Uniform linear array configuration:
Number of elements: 8
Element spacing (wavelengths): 1
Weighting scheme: kaiser
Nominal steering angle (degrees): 45
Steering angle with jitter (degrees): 44.743
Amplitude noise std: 0.05
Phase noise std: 0.05

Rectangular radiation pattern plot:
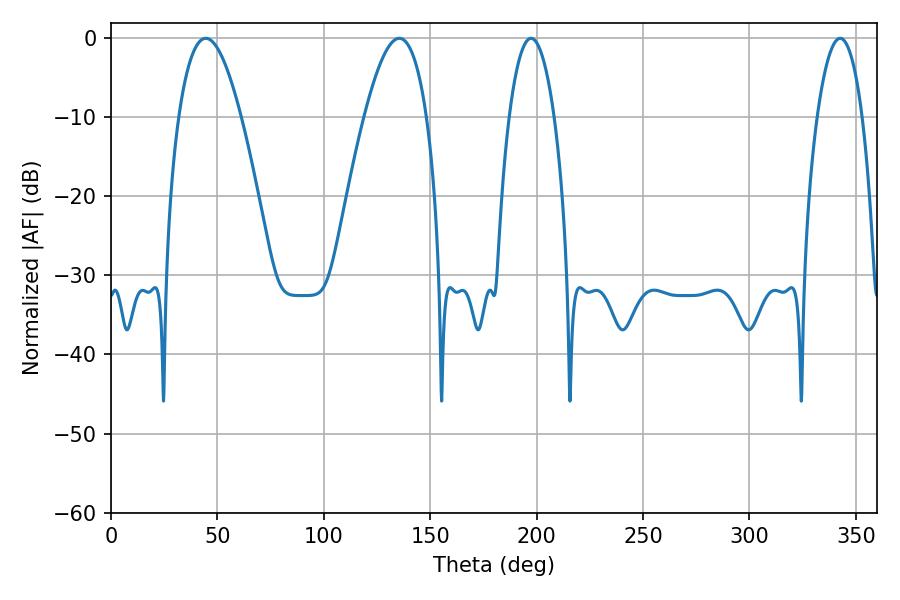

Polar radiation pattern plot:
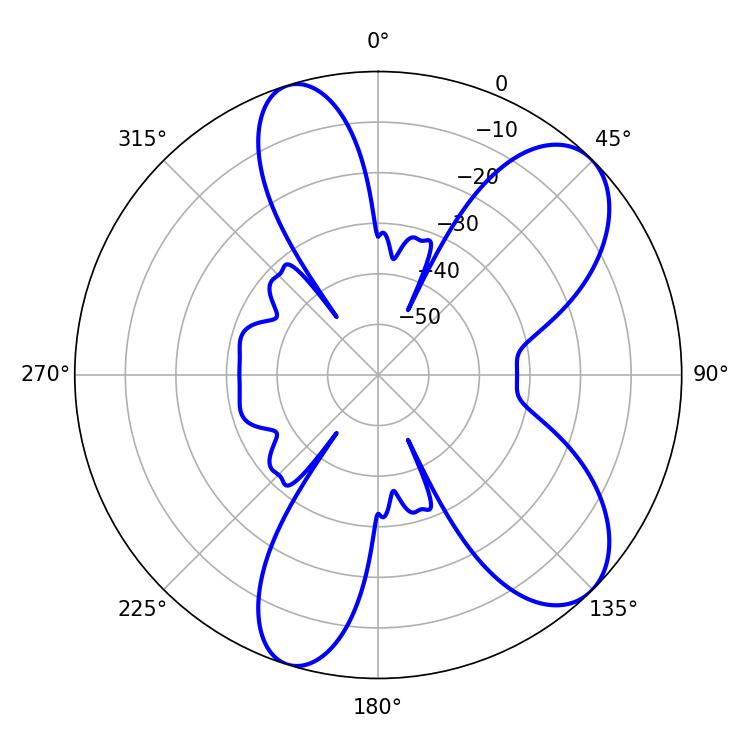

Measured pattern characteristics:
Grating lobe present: TRUE
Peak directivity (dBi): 8.296
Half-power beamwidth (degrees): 16.02
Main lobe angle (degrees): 44.46